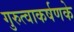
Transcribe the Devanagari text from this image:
गुरुत्वाकर्षणके